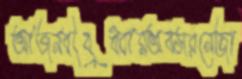
আজনবীবুধবারঅবসরনেজা